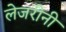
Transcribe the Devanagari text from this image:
लेजरीनी